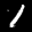
Label: 1